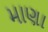
માણા